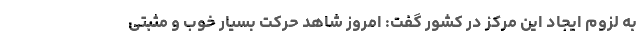
به لزوم ایجاد این مرکز در کشور گفت: امروز شاهد حرکت بسیار خوب و مثبتی